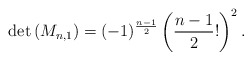
\begin{align*} \operatorname{det}\left(M_{n,1}\right)=(-1)^{\frac{n-1}{2}}\left(\frac{n-1}{2} !\right)^{2}. \end{align*}